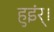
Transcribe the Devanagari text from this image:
हुइंर्।